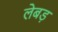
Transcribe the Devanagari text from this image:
लेबड़